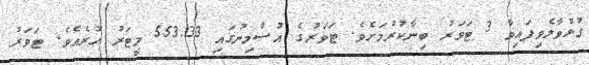
ގުޅުވާލެވިފައިވާ 3 ޓަވަރު ބިނާކުރުމަށެވެ. ޓަވަރުގެ އުސްމިނުގައި 553.33 މީޓަރު ހުރެއެވެ. ޓަވަރު